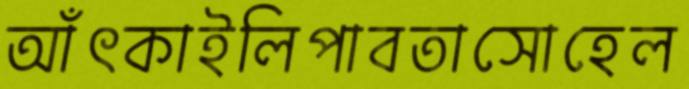
আঁৎকাইলিপাবতাসোহেল